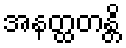
အနတ္ထတန္တိ